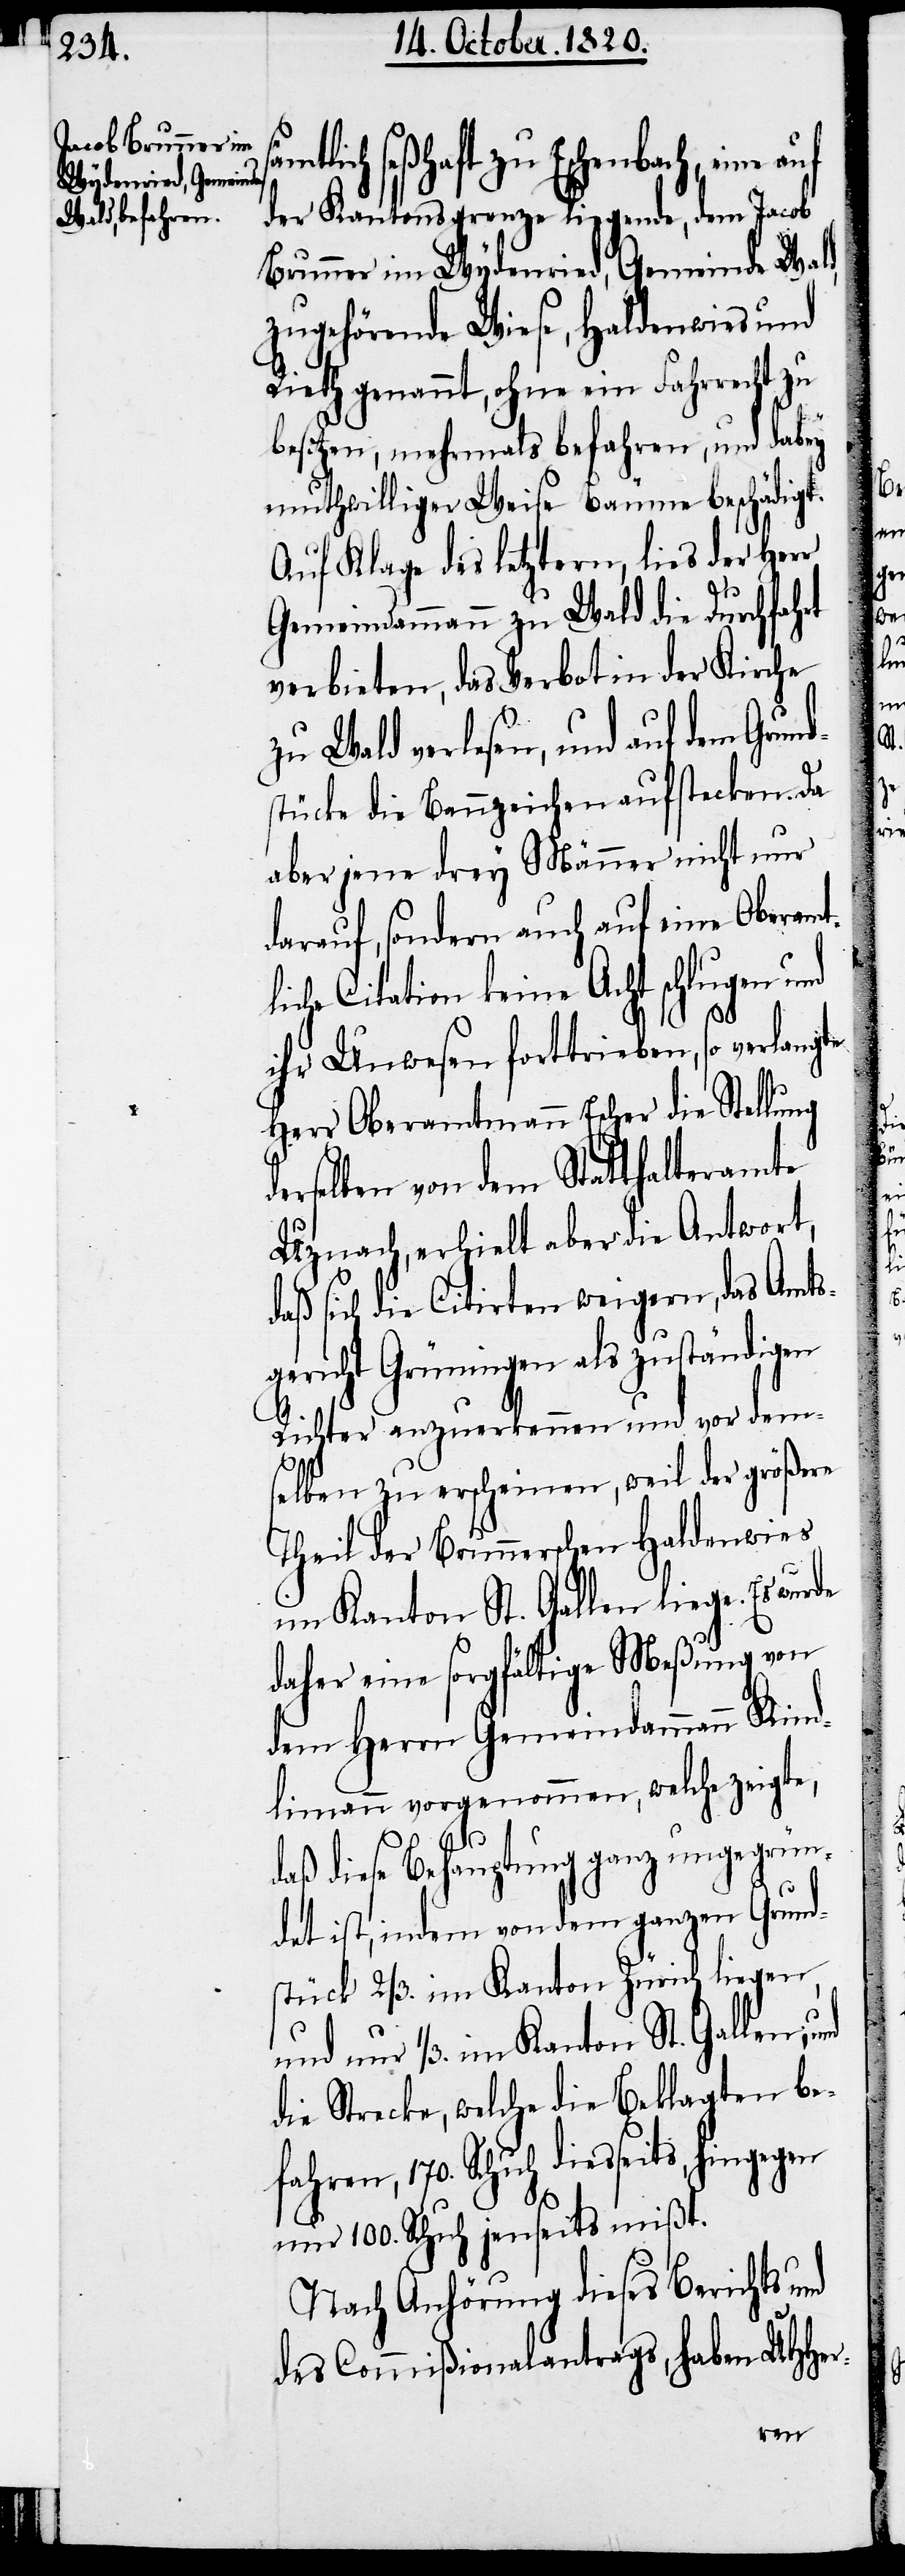
lich seßhaft zu Eschenbach, eine
der Kantonsgrenze liegende, dem Jacob
Brunner im Wylenried, Gemeinde Wald,
zugehörende Wiese, Haldenwies und
Rieth genannt, ohne ein Fahrrecht zu
besitzen, mehrmals befahren, und dabey
muthwilliger Weise Bäume beschädigt.
Auf Klage des letztern, lies der Herr
Gemeindammann zu Wald die Durchfahrt
verbieten, das Verbot in der Kirche
zu Wald verlesen, und auf dem Grun¬
stücke die Bannzeichen aufstecken. Da
aber jene drey Männer nicht nur
darauf, sondern auch auf eine Oberamt¬
liche Citation keine Acht schlugen und
d¬
ihr Unwesen forttrieben, so verlangte
Herr Oberamtmann Escher die Stellung
erselben von dem Statthalteramte
Uznach, erhielt aber die Antwort,
daß sich die Citirten weigern, das Amts¬
gericht Grüningen als zuständigen
Richter anzuerkennen und vor dem¬
sämt¬
selben zu erschienen, weil der größere
Theil der Brunnerschen Haldenwies
im Kanton St. Gallen liege.
daher eine sorgfältige Meßung von
dem Herrn Gemeindammann Kind¬
limann vorgenommen, welche zeigte,
daß diese Behauptung ganz ungegrün¬
det ist, indem von dem ganzen Grund¬
stück 2/3. im Kanton Zürich liegen,
und nur 1/3. im Kanton St. Gallen,
die Strecke, welche die Beklagten be¬
fahren, 170. Schuh diesseits, hingegen
nur 100. Schuh jenseits mißt.
Nach Anhörung dieses Berichts und
des Comißionalantrags, haben UHher-